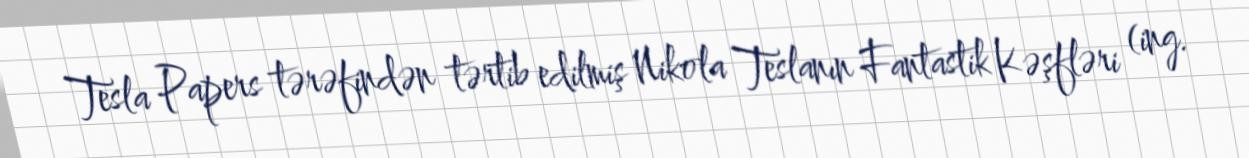
Tesla Papers tərəfindən tərtib edilmiş Nikola Teslanın Fantastik Kəşfləri (ing.